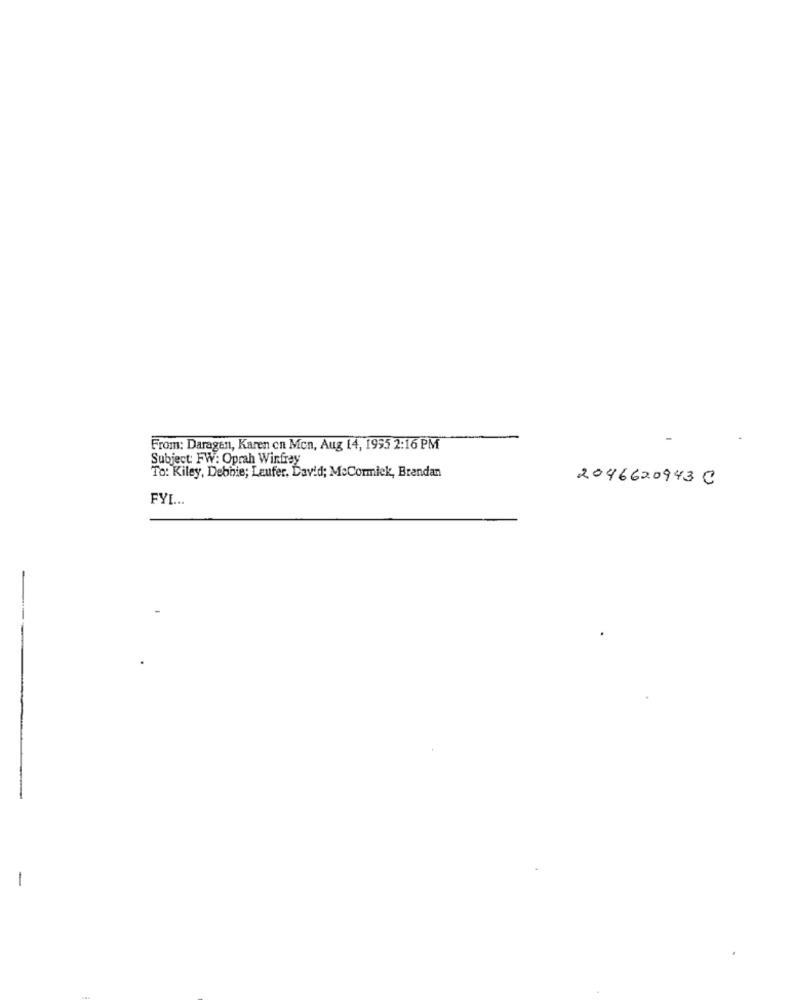
From: Daragen, Karen en Mon, Aug 14, 1995 2:16 PM
Subject: FW: Oprah Winfrey
To: Kiley, Debbie; Leufer, David; McCormick, Brendan
2046620943 C
FYL ...
-